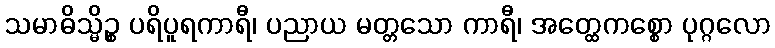
သမာဓိသ္မိဉ္စ ပရိပူရကာရီ၊ ပညာယ မတ္တသော ကာရီ၊ အတ္ထေကစ္စော ပုဂ္ဂလော